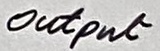
Text: Output